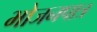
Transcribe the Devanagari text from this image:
भोजनपात्र